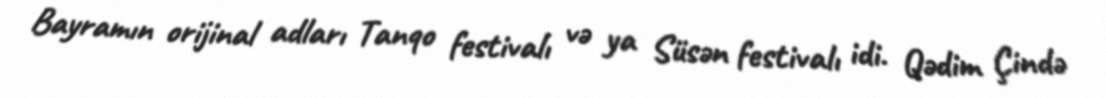
Bayramın orijinal adları Tanqo festivalı və ya Süsən festivalı idi. Qədim Çində